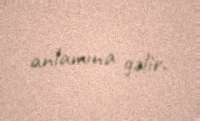
anlamına gəlir.